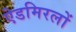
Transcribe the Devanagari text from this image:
ऐडमिरलों